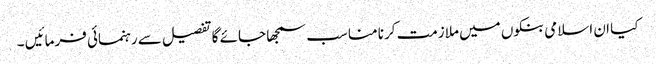
کیا ان اسلامی بنکوں میں ملازمت کرنا مناسب سمجھا جائے گا تفصیل سے رہنمائی فرمائیں ۔